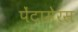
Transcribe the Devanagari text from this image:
पेंटामेरस